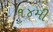
૧૪મી